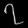
Digit: ၇